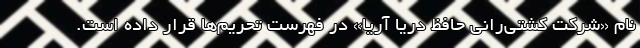
نام «شرکت کشتی‌رانی حافظ دریا آریا» در فهرست تحریم‌ها قرار داده است.